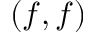
( f , f )